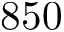
8 5 0